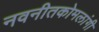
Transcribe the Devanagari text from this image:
नवनीतकोमलांगी